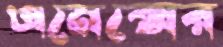
এনেক্সের